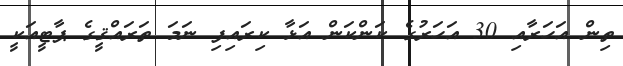
ތިން އަހަރާއި 30 އަހަރުގެ ކަންކަން އަޅާ ކިރައިފި ނަމަ ތަރައްޤީގެ ޕާޓީއަކީ